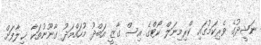
ނަޝީދުގެ ވެރިކަމުގައި ކްރިމިނަލް ކޯޓްގެ އިސް ގާޒީ އަބްދު މުހައްމަދު ގާނޫނުތަކާ ޚިލާފަށް